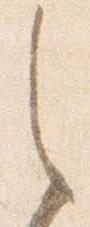
之